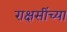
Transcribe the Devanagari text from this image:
राक्षसींच्या